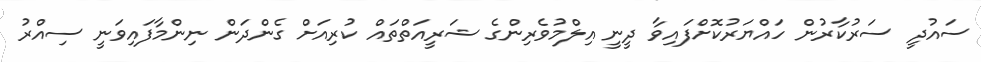
ސައުދީ ސަރުކާރުން ހައްޔަރުކޮށްފައިވާ ދީނީ އިލްމުވެރިންގެ ޝަރީއަތްތައް ކުރިއަށް ގެންދަން ނިންމާފައިވަނީ ސިއްރު